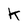
Character: K